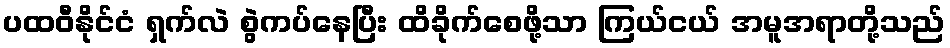
ပထဝီနိုင်ငံ ရှက်လဲ စွဲကပ်နေပြီး ထိခိုက်စေဖို့သာ ကြယ်ငယ် အမူအရာတို့သည်